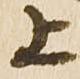
上